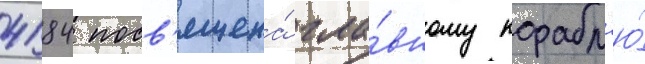
4184 посв'ящена́ гла́вному корабл'ю́